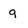
Character: 9